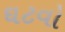
ઘટવો